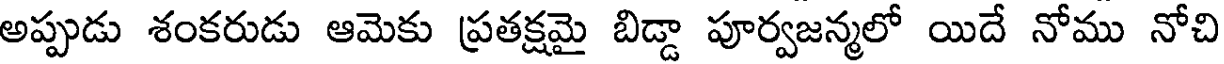
అప్పుడు శంకరుడు ఆమెకు ప్రతక్షమై బిడ్డా పూర్వజన్మలో యిదే నోము నోచి